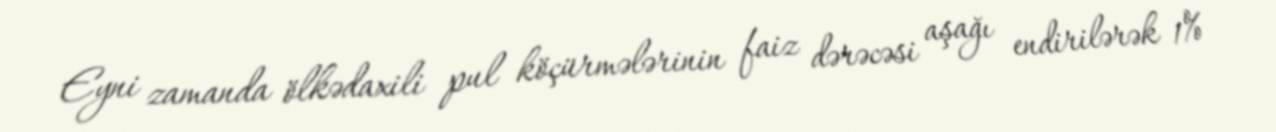
Eyni zamanda ölkədaxili pul köçürmələrinin faiz dərəcəsi aşağı endirilərək 1%